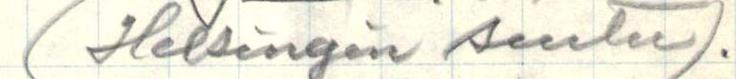
(Helsingin seutu).